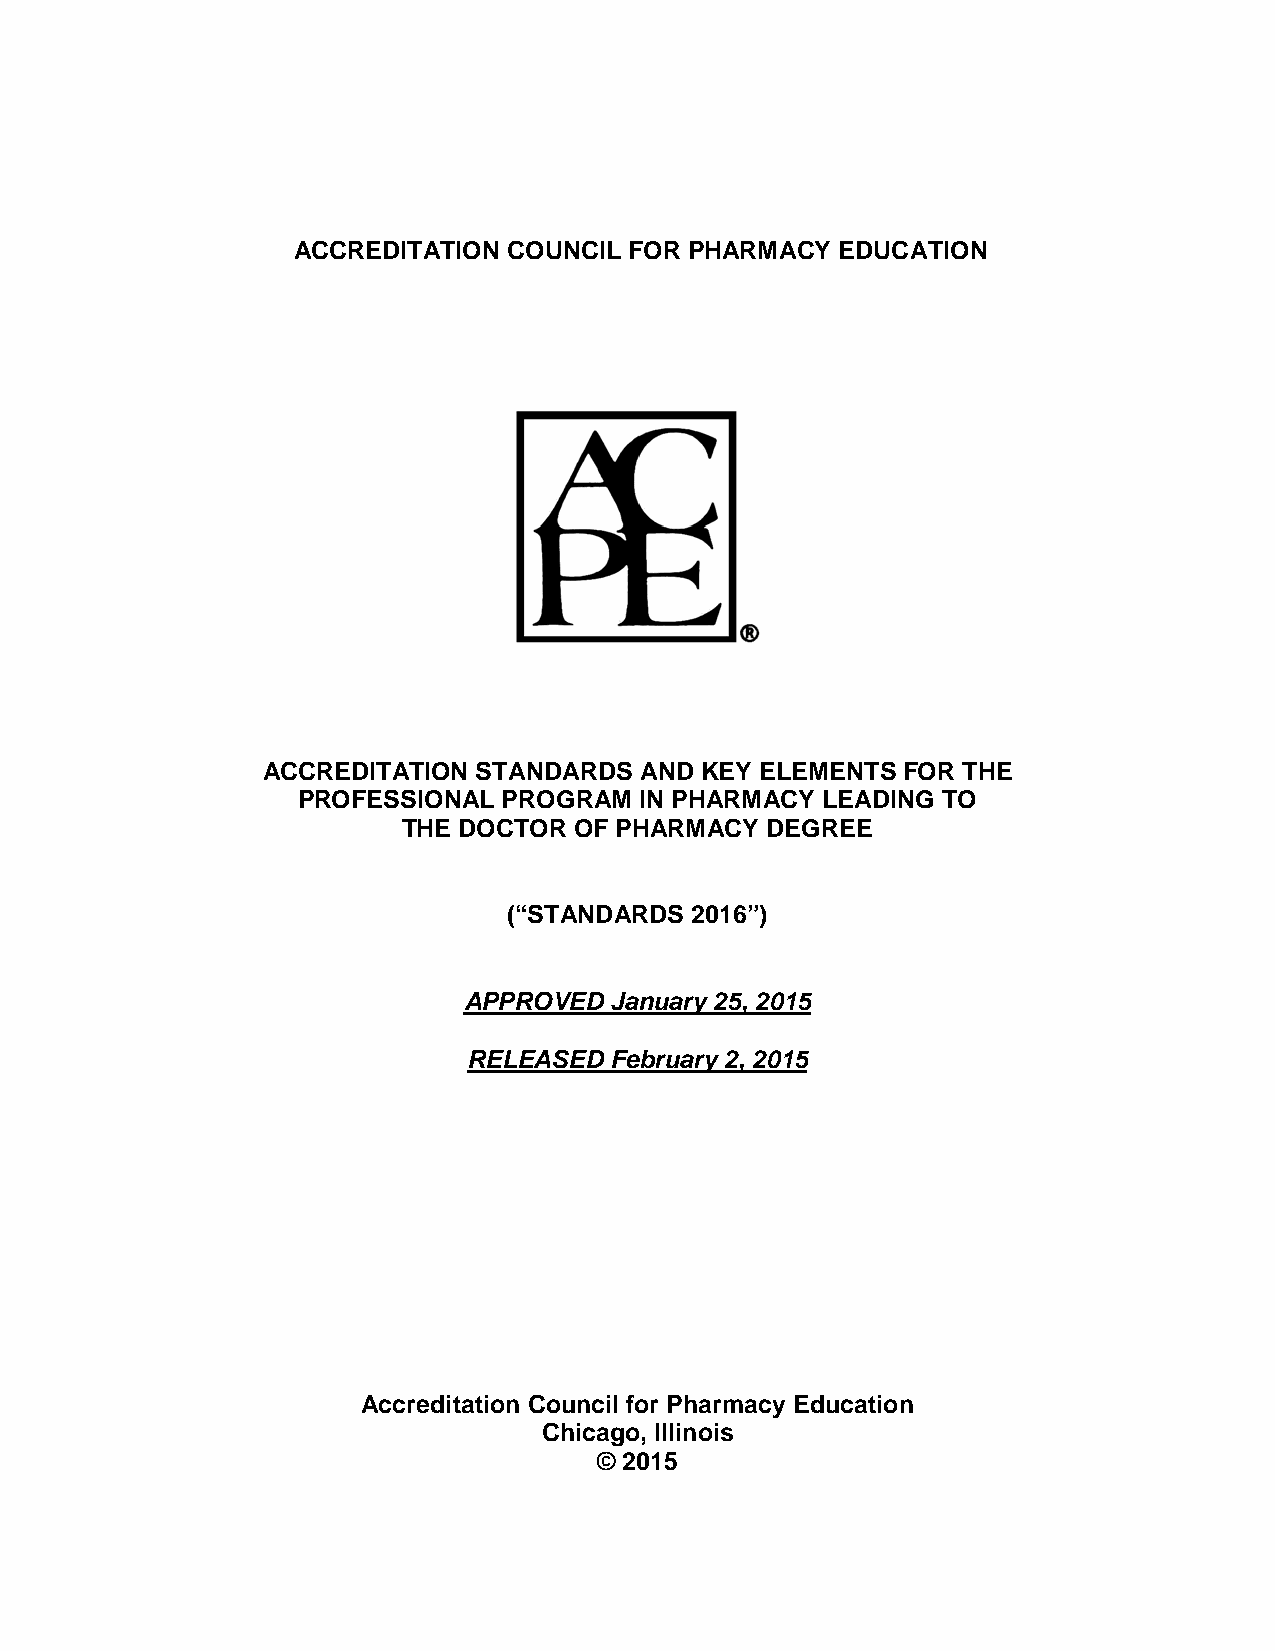
ACCREDITATION  COUNCIL FOR PHARMACY  EDUCATION
 ACCREDITATION  STANDARDS AND KEY ELEMENTS  FOR THE
 PROFESSIONAL PROGRAM  IN PHARMACY LEADING TO
 THE DOCTOR OF PHARMACY  DEGREE
 (“STANDARDS 2016”)
 APPROVED January 25, 2015
 RELEASED February 2, 2015
 Accreditation Council for Pharmacy Education
 Chicago, Illinois
 © 2015